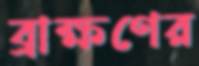
ব্রাক্ষণের